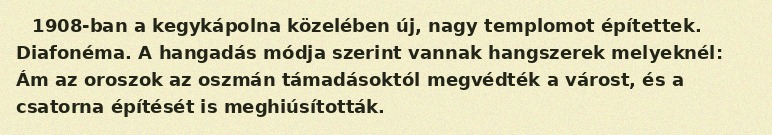
1908-ban a kegykápolna közelében új, nagy templomot építettek. Diafonéma. A hangadás módja szerint vannak hangszerek melyeknél: Ám az oroszok az oszmán támadásoktól megvédték a várost, és a csatorna építését is meghiúsították.